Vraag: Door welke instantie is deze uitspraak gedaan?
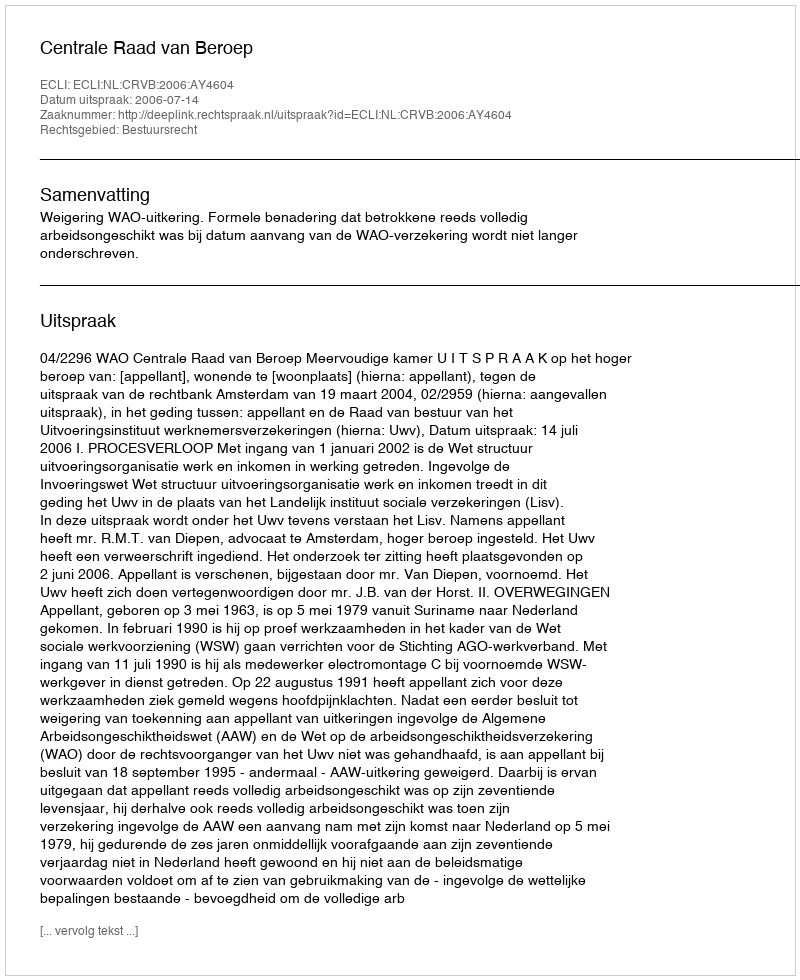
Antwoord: Centrale Raad van Beroep